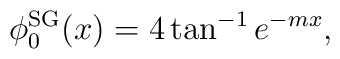
\phi_0^{\rm SG}(x) = 4 \tan^{-1} e^{-mx},